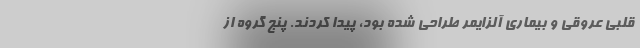
قلبی عروقی و بیماری آلزایمر طراحی شده بود، پیدا کردند. پنج گروه از